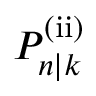
P _ { n | k } ^ { \mathrm { ( i i ) } }